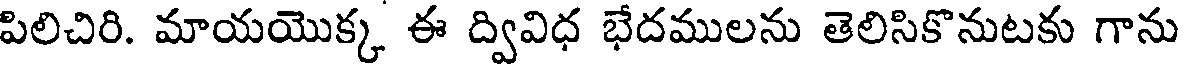
పిలిచిరి. మాయయొక్క ఈ ద్వివిధ భేదములను తెలిసికొనుటకు గాను